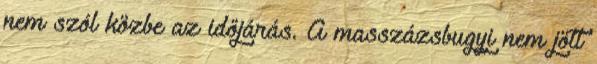
nem szól közbe az időjárás. A masszázsbugyi nem jött